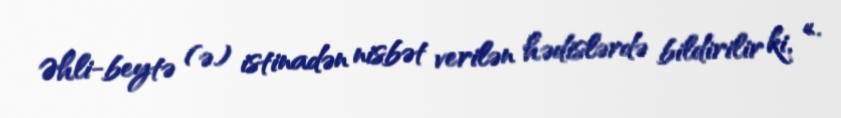
Əhli-beytə (ə) istinadən nisbət verilən hədislərdə bildirilir ki, «.